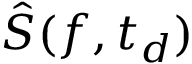
\hat { S } ( f , t _ { d } )